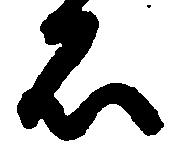
石